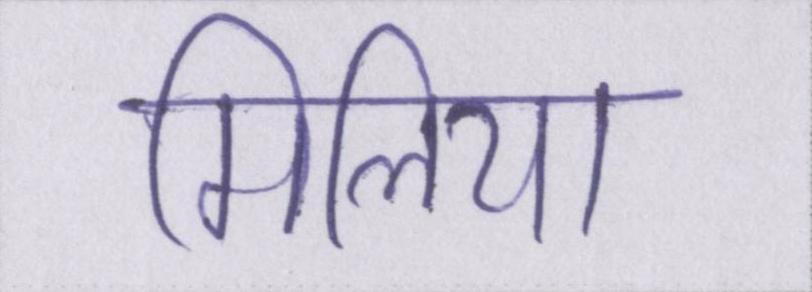
मिलिया